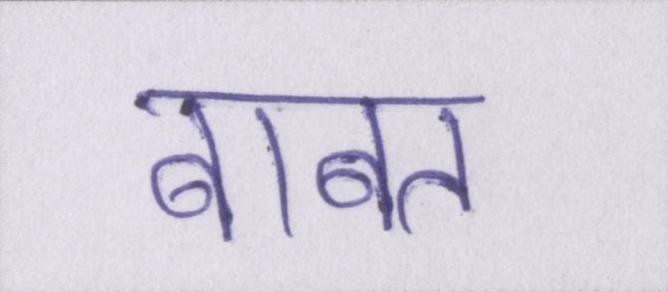
बाबत